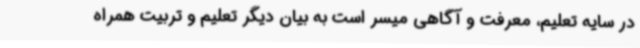
در سایه تعلیم، معرفت و آگاهی میسر است به بیان دیگر تعلیم و تربیت همراه